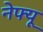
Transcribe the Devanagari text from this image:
नेफ्यू